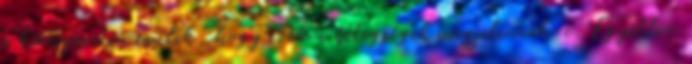
a környezeten múlik, hogy ezek a betegségek megjelennek-e. Egyetlen